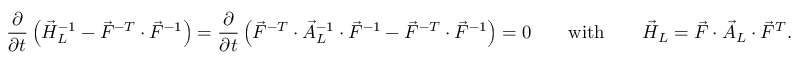
\frac { \partial } { \partial t } \left( \vec { H } _ { L } ^ { - 1 } - \vec { F } ^ { - T } \cdot \vec { F } ^ { - 1 } \right) = \frac { \partial } { \partial t } \left( \vec { F } ^ { - T } \cdot \vec { A } _ { L } ^ { - 1 } \cdot \vec { F } ^ { - 1 } - \vec { F } ^ { - T } \cdot \vec { F } ^ { - 1 } \right) = \boldsymbol { 0 } \qquad \mathrm { w i t h } \qquad \vec { H } _ { L } = \vec { F } \cdot \vec { A } _ { L } \cdot \vec { F } ^ { T } .